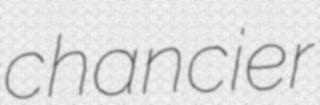
chancier